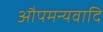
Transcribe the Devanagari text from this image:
औपमन्यवादि